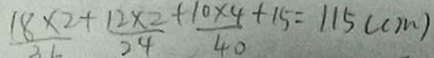
\frac { 1 8 \times 2 } { 3 6 } + \frac { 1 2 \times 2 } { 2 4 } + \frac { 1 0 \times 4 } { 4 0 } + 1 5 = 1 1 5 ( c m )